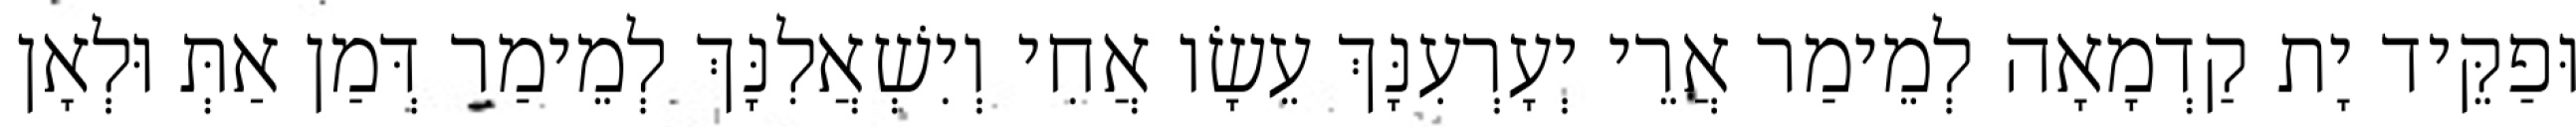
וּפַקֵּיד יָת קַדְמָאָה לְמֵימַר אֲרֵי יְעָרְעִנָּךְ עֵשָׂו אֲחִי וְיִשְׁאֲלִנָּךְ לְמֵימַר דְּמַן אַתְּ וּלְאָן